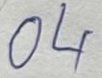
04